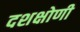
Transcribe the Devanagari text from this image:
दशक्षोणी